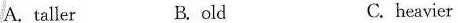
A. taller B. old C. heavier